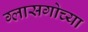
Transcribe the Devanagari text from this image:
ग्लासगोच्या